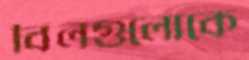
বিলগুলোকে